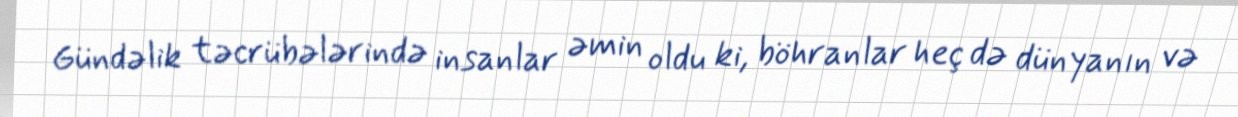
Gündəlik təcrübələrində insanlar əmin oldu ki, böhranlar heç də dünyanın və